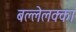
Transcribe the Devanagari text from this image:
बल्लेलक्का